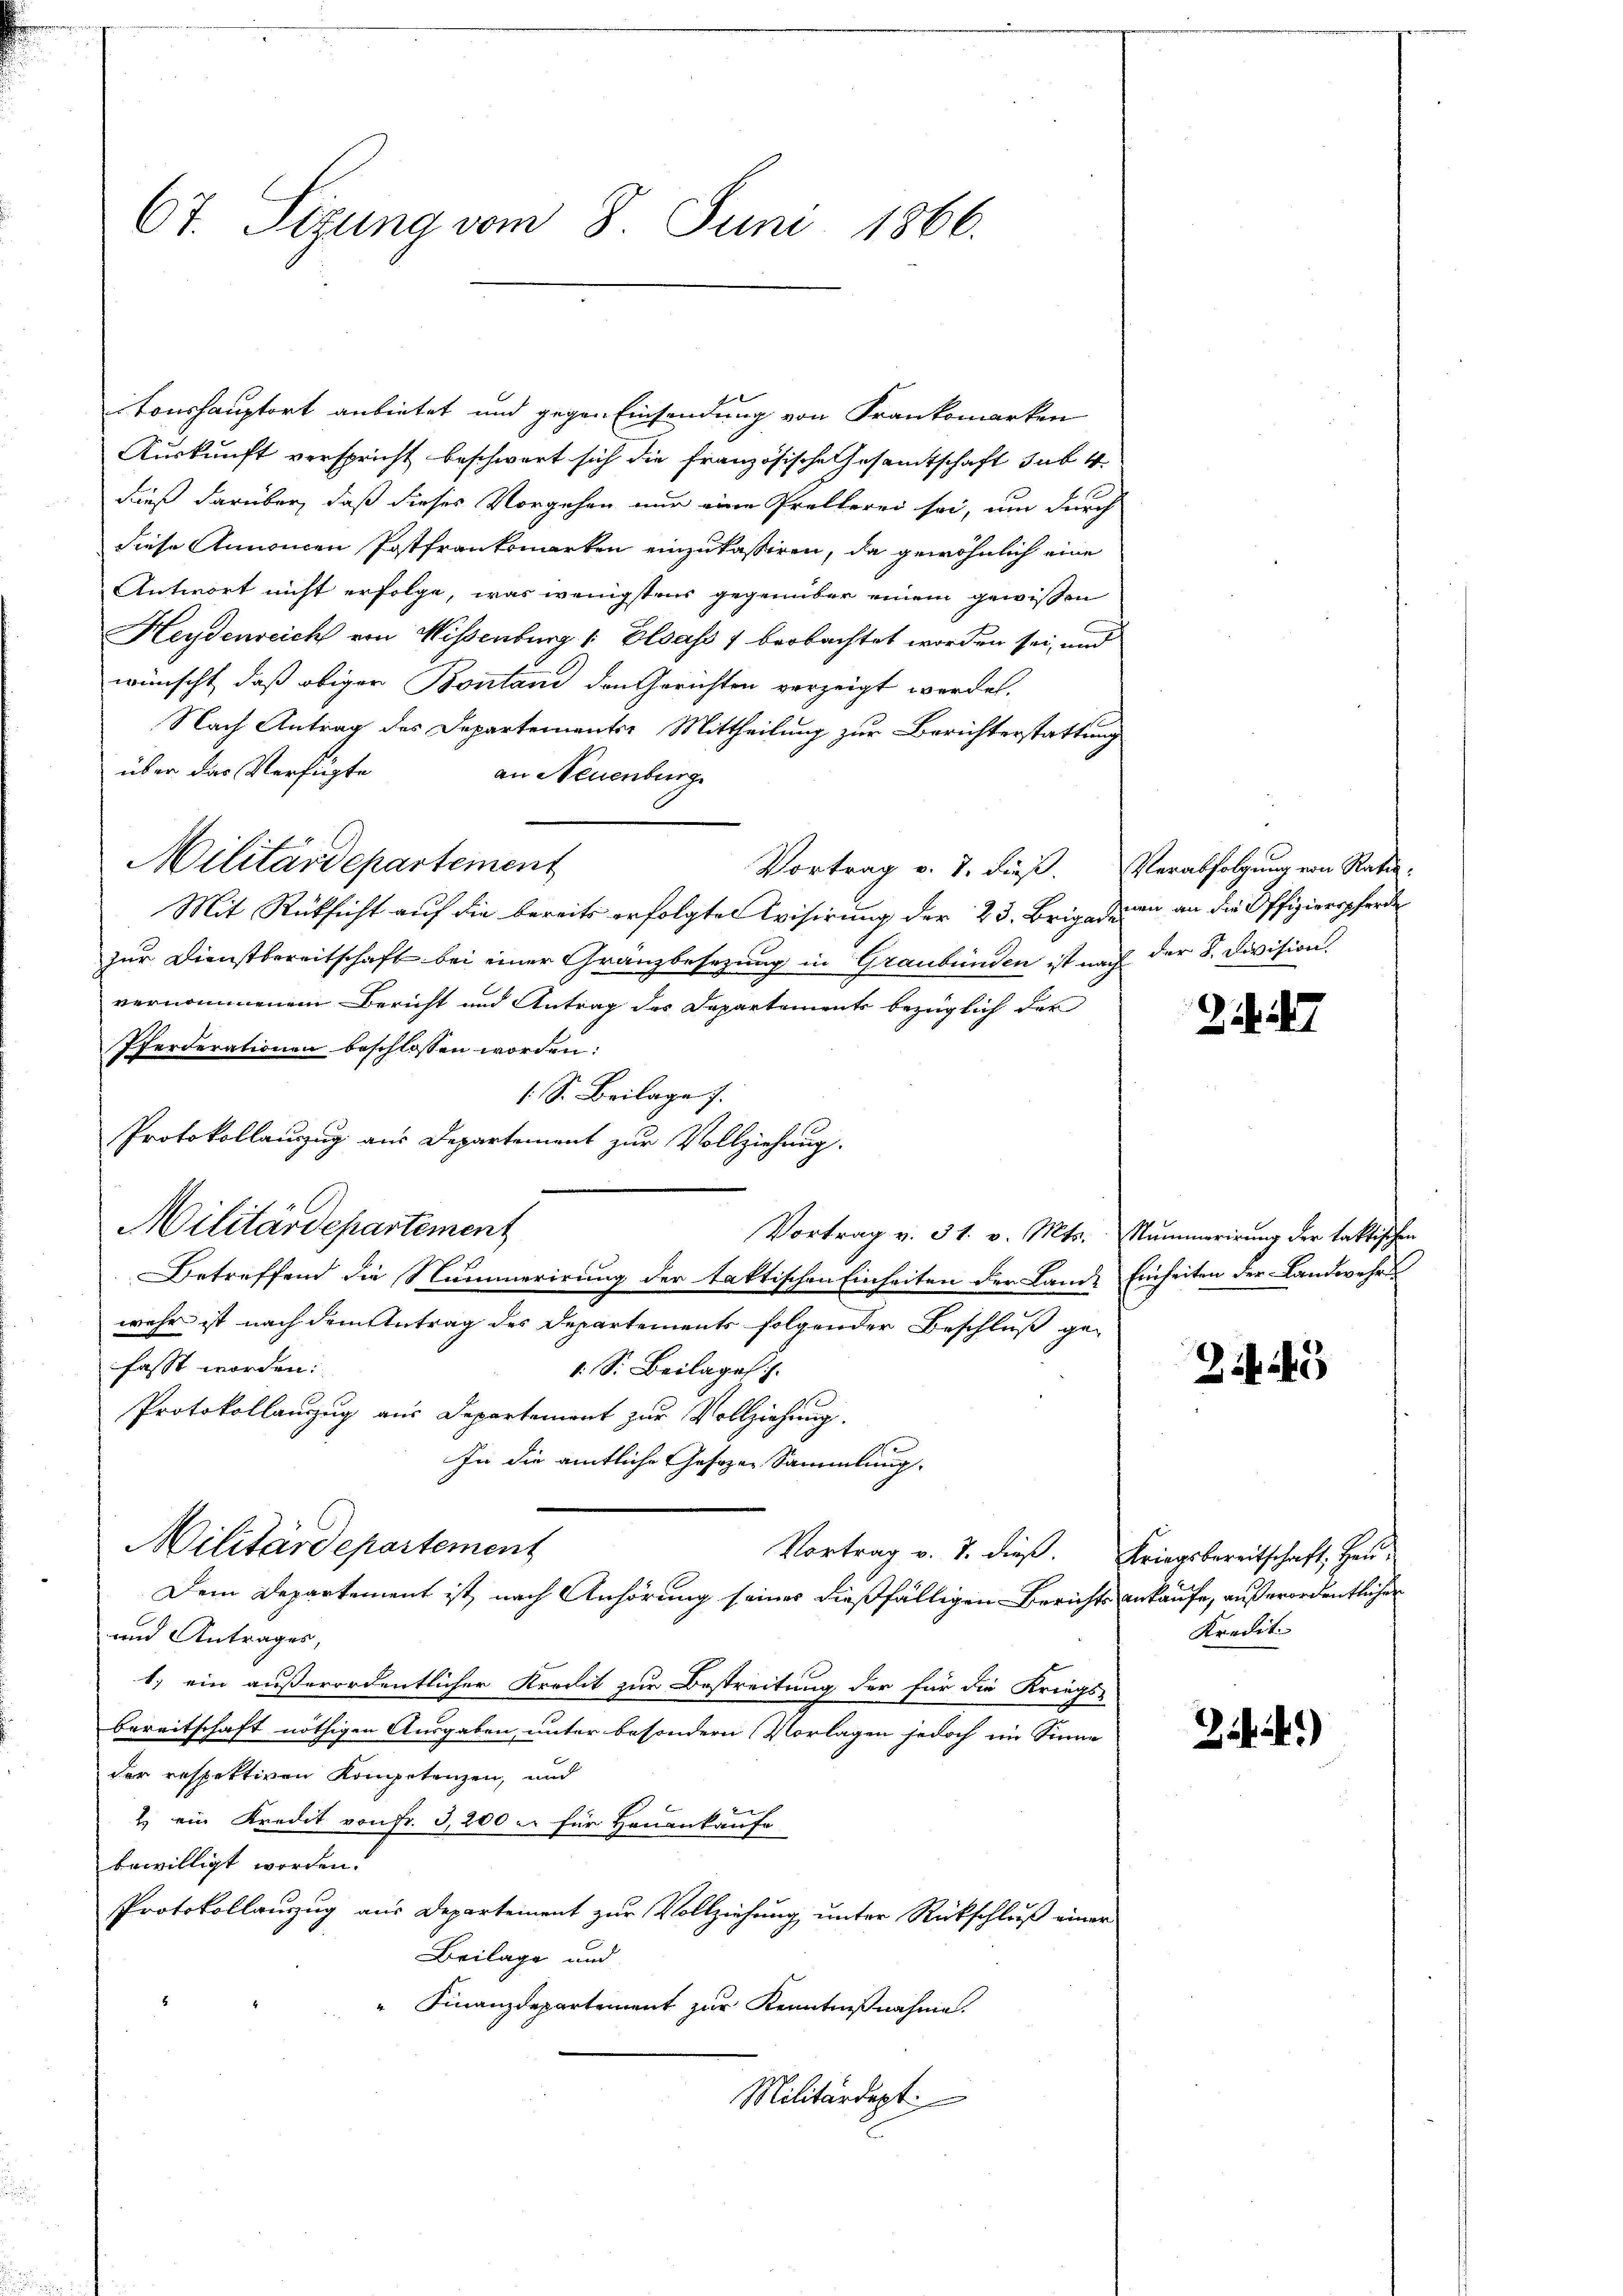
67. Sizung vom 8. Juni 1866.

itonshauptort anbietet und gegen Einsendung von Frankomarken
Auskunft verspricht beschwert sich die französische Gesamtschaft sub. 4.
dieß darüber, daß dieses Vorgehen nur eine Prellerei sei, um durch
diese Annonen Postfrankomarken einzukassiren, da gewöhnlich eine
Antwort nicht erfolge, was wenigstens gegenüber einem gewissen
Heydenreich von Wissenburg " Elsass 1 beobachtet worden sei, und
wünscht, daß obiger Bontand den Gerichten verzeigt werde.
Nach Antrag des Departements Mittheilung zur Berichterstattung
über das Verfügte
an Neuenburg
Militärdepartement
Vortrag v. 7. dieß. Verabfolgung von Rati-
Mit Rücksicht auf die bereits erfolgter Wisirung der 23. Brigadenen an die Offizierspferde
zur Dienstbereitschaft bei einer Gränzbesezung in Graubünden ist nach der S. Division.
vernommenem Bericht und Antrag des Departements bezüglich der
Pferderationen beschlossen worden:
1 S. Beilage 7.
Protokollauszug aus Departement zur Vollziehung.
Militärdepartement
Vortrag v. 31. v. Mts. Nummerirung der taktischen
Betreffend die Nummerirung der taktischen Einheiten der Lande Einheiten der Landwehre
wehr ist nach dem Antrag des Departements folgender Beschluß gefasst worden:
1 S. Beilages.
Protokollauszug aus Departement zur Vollziehung.
In die amtliche Gesezen Sammlung.
Militärdepartement
Vortrag v. J. dieß.
Dem Departement ist nach Anhörung seines dießfälligen Berichts ankaufe, außerordentlicher
und Antrages,
1.) ein außerordentlicher Kredit zur Bestreitung der für die Kriegs-
bereitschaft nöthigen Ausgaben, unter besondern Vorlagen jedoch im Sinne
der respektiven Kompetenzen, und
2) ein Kredit von Fr. 3,200 u. für Heuenkäufe
bewilligt worden.
Protokollauszug aus Departement zur Vollziehung unter Rückschluß einer
Beilage und
" Finanzdepartement zur Kenntnißnahme.
Militärdept

25

Kriegsbereitschaft, Heu
Kredit.

34)